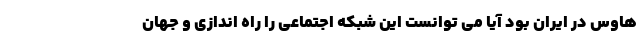
هاوس در ایران بود آیا می توانست این شبکه اجتماعی را راه اندازی و جهان